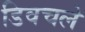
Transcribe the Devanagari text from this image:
डिवचले